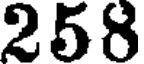
258